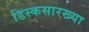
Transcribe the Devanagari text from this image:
डिस्कसारख्या